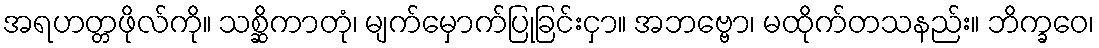
အရဟတ္တဖိုလ်ကို။ သစ္ဆိကာတုံ၊ မျက်မှောက်ပြုခြင်းငှာ။ အဘဗ္ဗော၊ မထိုက်တသနည်း။ ဘိက္ခဝေ၊